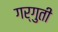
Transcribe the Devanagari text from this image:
गर्गुती